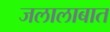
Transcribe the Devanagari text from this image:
जलालाबात